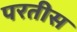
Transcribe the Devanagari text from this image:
परतीस